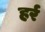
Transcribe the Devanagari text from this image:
हर्र